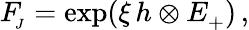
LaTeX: F_{\! _{J}}=\exp(\xi\, h\otimes E_{+}^{})\, ,